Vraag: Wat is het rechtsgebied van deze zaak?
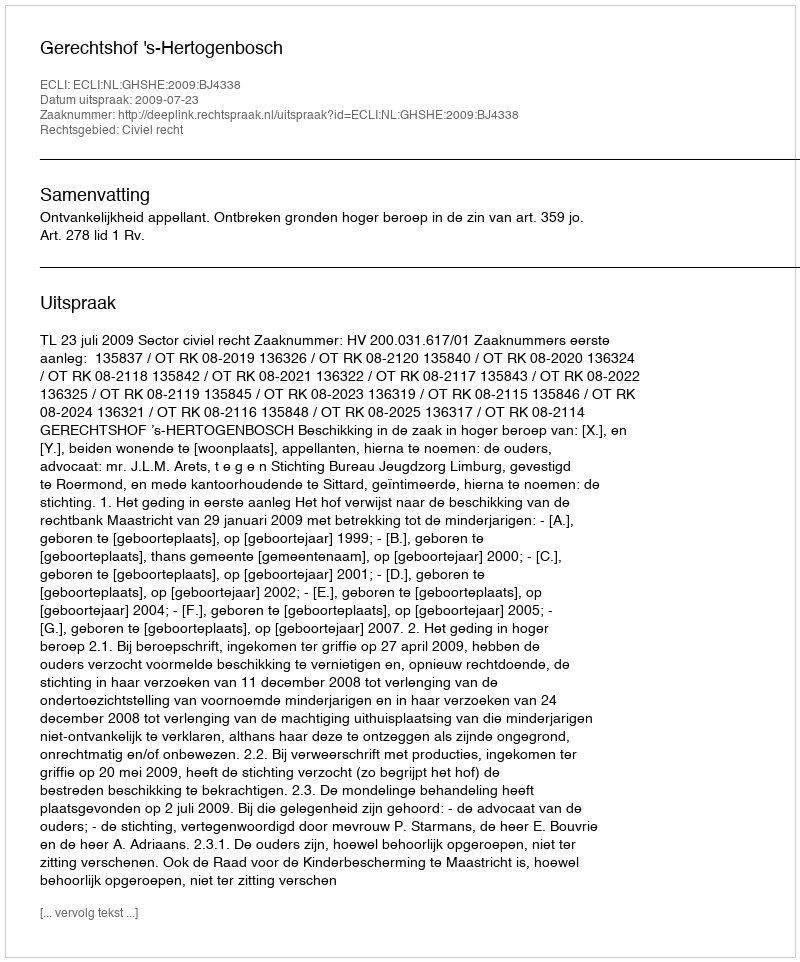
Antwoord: Civiel recht